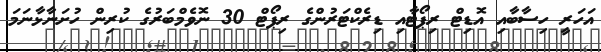
އަހަރީ ހިސާބާއި އޮޑިޓް ރިޕޯޓާއި ޑިރެކްޓަރުންގެ ރިޕޯޓް 30 ނޮވެމްބަރުގެ ކުރިން ހުށަނާޅާނަމަ